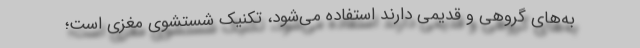
به‌های گروهی و قدیمی دارند استفاده می‌شود، تکنیک شستشوی مغزی است؛